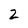
Character: 2